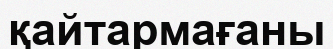
қайтармағаны